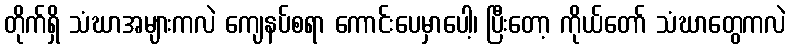
တိုက်ရှိ သံဃာအများကလဲ ကျေနပ်စရာ ကောင်းပေမှာပေါ့၊ ပြီးတော့ ကိုယ်တော် သံဃာတွေကလဲ